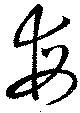
毎